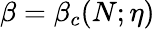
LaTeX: \beta=\beta_{c}(N;\eta)